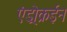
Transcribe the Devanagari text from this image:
एंड्रोक्रईन